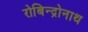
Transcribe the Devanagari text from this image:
रोबिन्द्रोनाथ